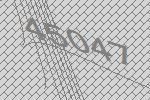
45047